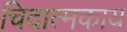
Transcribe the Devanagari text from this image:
चिदात्मकाय